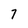
Character: 7